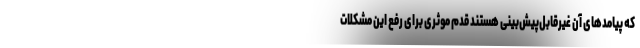
که پیامدهای آن غیرقابل‌پیش‌بینی هستند قدم موثری برای رفع این مشکلات